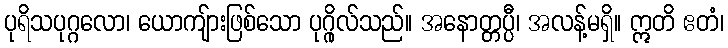
ပုရိသပုဂ္ဂလော၊ ယောကျ်ားဖြစ်သော ပုဂ္ဂိုလ်သည်။ အနောတ္တပ္ပီ၊ အလန့်မရှိ။ ဣတိ ဧတံ၊